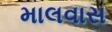
માલવાસ